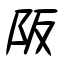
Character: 阪